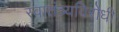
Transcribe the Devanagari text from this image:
स्वातंत्र्यविरोधी